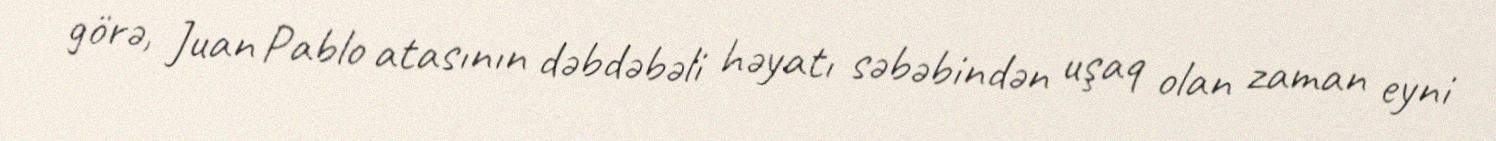
görə, Juan Pablo atasının dəbdəbəli həyatı səbəbindən uşaq olan zaman eyni